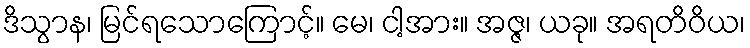
ဒိသွာန၊ မြင်ရသောကြောင့်။ မေ၊ ငါ့အား။ အဇ္ဇ၊ ယခု။ အရတိဝိယ၊